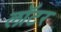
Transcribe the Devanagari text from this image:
लॉटर